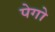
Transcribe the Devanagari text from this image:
पेगो